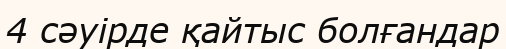
4 сәуірде қайтыс болғандар